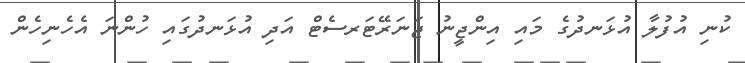
ކުނި އުފުލާ އުޅަނދުގެ މައި އިންޖީނު ޖަނަރޭޓަރސެޓް އަދި އުޅަނދުގައި ހުންނަ އެހެނިހެން